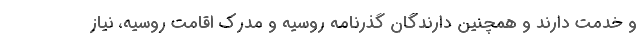
و خدمت دارند و همچنین دارندگان گذرنامه روسیه و مدرک اقامت روسیه، نیاز